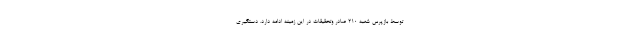
توسط بازپرس شعبه ۲۱۰ صادر وتحقیقات در این زمینه ادامه دارد. دستگیری